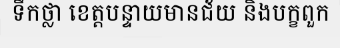
ទឹកថ្លា ខេត្តបន្ទាយមានជ័យ និងបក្ខពួក